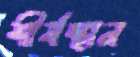
শীর্ষস্থান